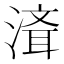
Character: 𰜮